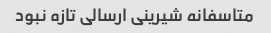
متاسفانه شیرینی ارسالی تازه نبود